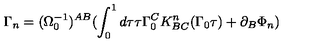
\Gamma _ { n } = ( \Omega _ { 0 } ^ { - 1 } ) ^ { A B } ( \int _ { 0 } ^ { 1 } d \tau \tau \Gamma _ { 0 } ^ { C } K _ { B C } ^ { n } ( \Gamma _ { 0 } \tau ) + \partial _ { B } \Phi _ { n } )